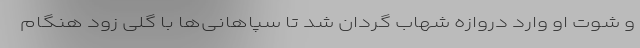
و شوت او وارد دروازه شهاب گردان شد تا سپاهانی‌ها با گلی زود هنگام